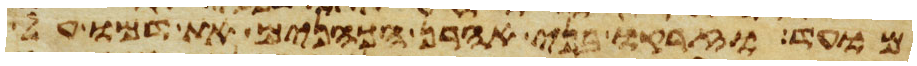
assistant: מועד וזרקו בני אהרן הכהנים את דמו על